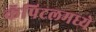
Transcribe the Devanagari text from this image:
कॅपिटलमध्ये